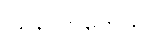
ဩလောကေသိ